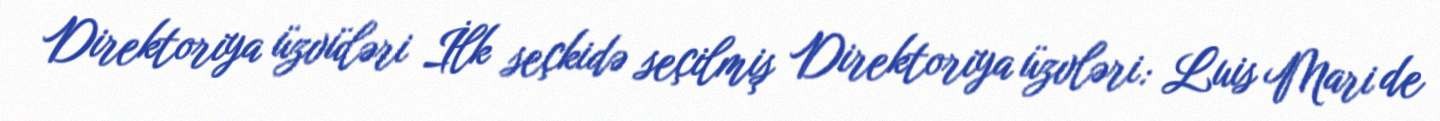
Direktoriya üzvüləri İlk seçkidə seçilmiş Direktoriya üzvləri: Luis Mari de